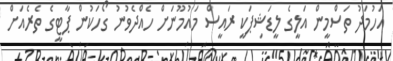
އަހުމަދު ތަސްމީން އަލީގެ ލީޑަޝިޕަކީ ރައީސް މައުމޫނަށް ހެއްދެވުނު ގޯހަކުން ޕާޓީގެ ތެރެއަށް